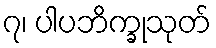
၇၊ ပါပဘိက္ခုသုတ်